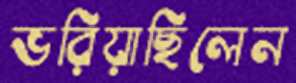
ভরিয়াছিলেন